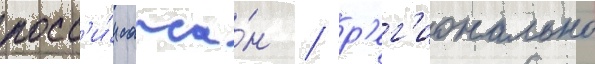
росс'и́и сапса́н / р'ег'ионально